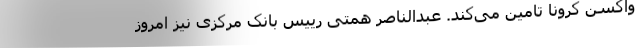
واکسن کرونا تامین می‌کند. عبدالناصر همتی رییس بانک مرکزی نیز امروز